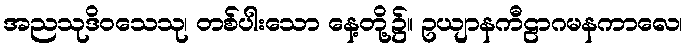
အညသုဒိဝသေသု၊ တစ်ပါးသော နေ့တို့၌။ ဥယျာနကီဠာဂမနကာလေ၊